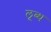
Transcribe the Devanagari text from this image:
लूब्ध